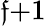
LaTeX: \mathfrak{f}{+}1